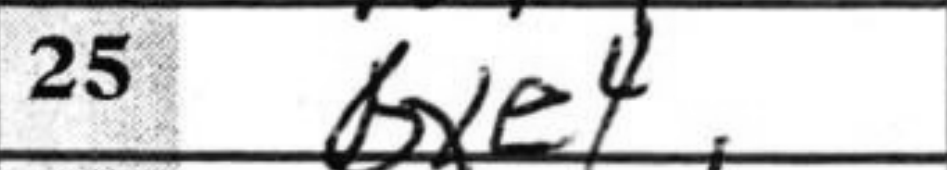
Transcription: bxe4